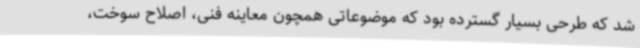
شد که طرحی بسیار گسترده بود که موضوعاتی همچون معاینه فنی، اصلاح سوخت،